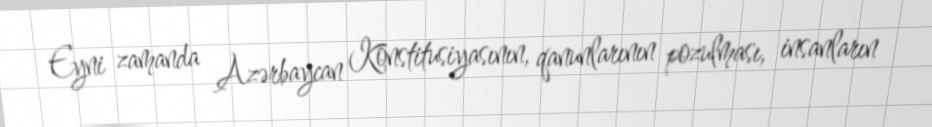
Eyni zamanda Azərbaycan Konstitusiyasının, qanunlarının pozulması, insanların